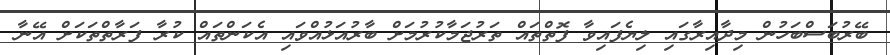
ބޭރުބަސްބަހުން މިދާއިރާގައި ލިޔެފައިވާ ފޮތްތައް ތަރުޖަމާކުރުމަށް ބާރުއަޅުއްވައި އެކަންތައް ކުރާ ފަރާތްތަކަށް އޭނާ